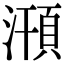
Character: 𣽥